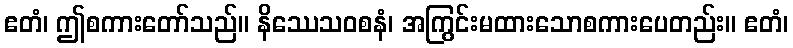
ဧတံ၊ ဤစကားတော်သည်။ နိဿေသဝစနံ၊ အကြွင်းမထားသောစကားပေတည်း။ ဧတံ၊